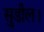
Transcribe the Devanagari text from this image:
सुडील।